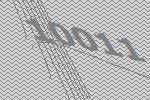
10011